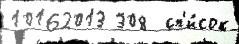
10162013 308  сп'и́сок